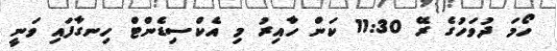
ހޯމަ ދުވަހުގެ ރޭ 11:30 ކަން ހާއިރު މި އެކްސިޑެންޓް ހިނގާފައި ވަނީ